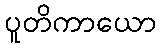
ပူတိကာယော